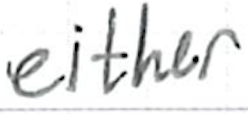
Text: either
Cross-out: clean
Writing tool: ballpoint